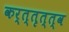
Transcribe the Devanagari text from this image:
कर्त्तृत्त्व